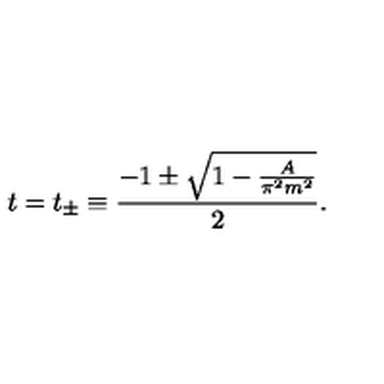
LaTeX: t = t _ { \pm } \equiv \frac { - 1 \pm \sqrt { 1 - \frac { A } { \pi ^ { 2 } m ^ { 2 } } } } { 2 } .